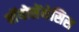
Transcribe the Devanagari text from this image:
बॉयोसेंथेसिस